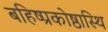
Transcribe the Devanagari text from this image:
बहिष्प्रकोष्ठास्थि